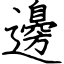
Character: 邊